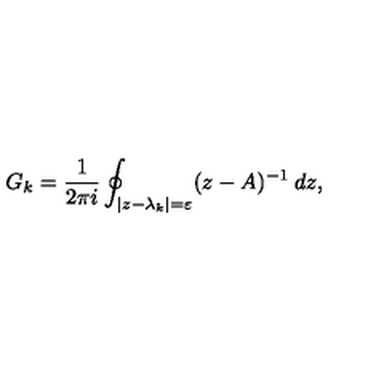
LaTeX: G _ { k } = \frac { 1 } { 2 \pi i } \oint _ { | z - \lambda _ { k } | = \varepsilon } ( z - A ) ^ { - 1 } \: d z ,